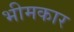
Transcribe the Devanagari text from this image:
भीमकार